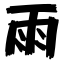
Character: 雨